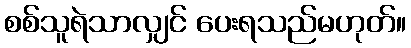
စစ်သူရဲသာလျှင် ပေးရသည်မဟုတ်။